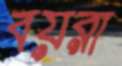
বয়রা